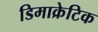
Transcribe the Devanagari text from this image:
डिमाक्रेटिक